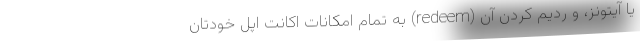
یا آیتونز، و ردیم کردن آن (redeem) به تمام امکانات اکانت اپل خودتان